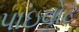
પાઇવોટ